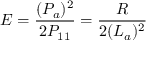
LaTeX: E = \frac { ( P _ { a } ) ^ { 2 } } { 2 P _ { 1 1 } } = \frac { R } { 2 ( L _ { a } ) ^ { 2 } }